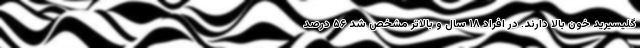
گلیسیرید خون بالا دارند. در افراد ۱۸ سال و بالاتر مشخص شد ۵۶ درصد